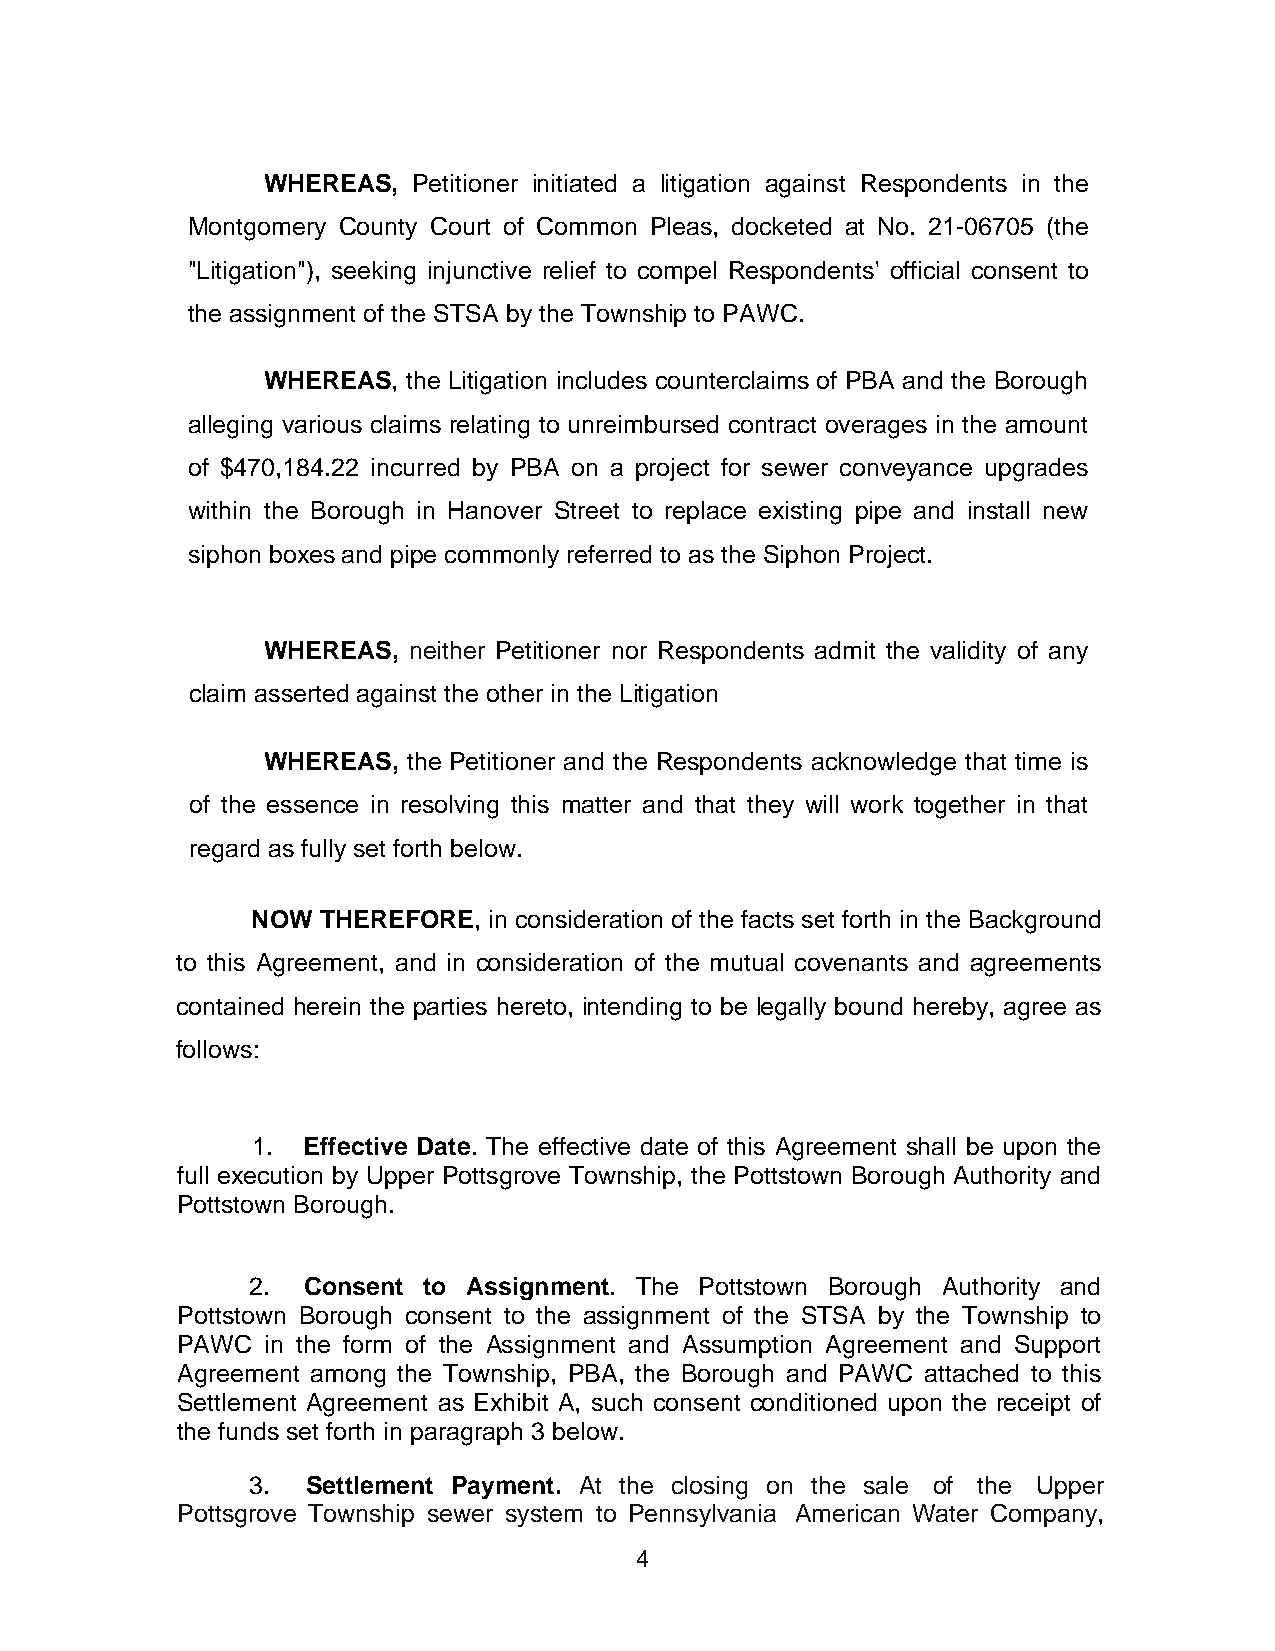
WHEREAS,  Petitioner initiated a litigation against Respondents in the
 Montgomery County Court of Common Pleas, docketed at No. 21-06705 (the
 "Litigation"), seeking injunctive relief to compel Respondents' official consent to
 the assignment of the STSA by the Township to PAWC.
 WHEREAS,  the Litigation includes counterclaims of PBA and the Borough
 alleging various claims relating to unreimbursed contract overages in the amount
 of $470,184.22 incurred by PBA on a project for sewer conveyance upgrades
 within the Borough in Hanover Street to replace existing pipe and install new
 siphon boxes and pipe commonly referred to as the Siphon Project.
 WHEREAS,  neither Petitioner nor Respondents admit the validity of any
 claim asserted against the other in the Litigation
 WHEREAS,  the Petitioner and the Respondents acknowledge that time is
 of the essence in resolving this matter and that they will work together in that
 regard as fully set forth below.
 NOW THEREFORE, in consideration of the facts set forth in the Background
 to this Agreement, and in consideration of the mutual covenants and agreements
 contained herein the parties hereto, intending to be legally bound hereby, agree as
 follows:
 1. Effective Date. The effective date of this Agreement shall be upon the
 full execution by Upper Pottsgrove Township, the Pottstown Borough Authority and
 Pottstown Borough.
 2.  Consent to Assignment. The Pottstown Borough Authority and
 Pottstown Borough consent to the assignment of the STSA by the Township to
 PAWC  in the form of the Assignment and Assumption Agreement and Support
 Agreement among the Township, PBA, the Borough and PAWC attached to this
 Settlement Agreement as Exhibit A, such consent conditioned upon the receipt of
 the funds set forth in paragraph 3 below.
 3.  Settlement Payment. At the closing on the sale of the Upper
 Pottsgrove Township sewer system to Pennsylvania American Water Company,
 4